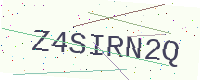
Text: Z4SIRN2Q